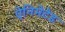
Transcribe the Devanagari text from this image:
ऐनिमेटेड